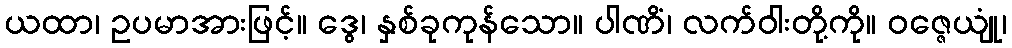
ယထာ၊ ဥပမာအားဖြင့်။ ဒွေ၊ နှစ်ခုကုန်သော။ ပါဏိံ၊ လက်ဝါးတို့ကို။ ဝဇ္ဇေယျုံ၊